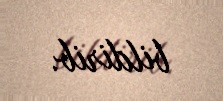
bildirib.